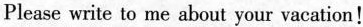
Please write to me about your vacation!